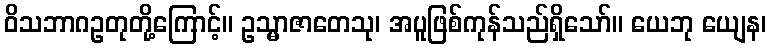
ဝိသဘာဂဥတုတို့ကြောင့်။ ဥသ္မာဇာတေသု၊ အပူဖြစ်ကုန်သည်ရှိသော်။ ယေဘု ယျေန၊